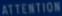
ATTENTION